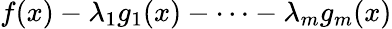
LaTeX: f(x)-\lambda_{1}g_{1}(x)-\dots-\lambda_{m}g_{m}(x)